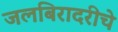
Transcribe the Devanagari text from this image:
जलबिरादरीचे